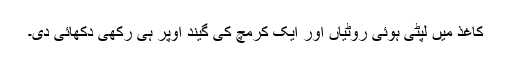
کاغذ میں لپٹی ہوئی روٹیاں اور ایک کرمچ کی گیند اوپر ہی رکھی دکھائی دی۔